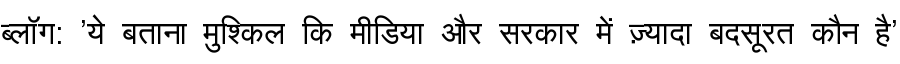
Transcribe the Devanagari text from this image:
ब्लॉग: 'ये बताना मुश्किल कि मीडिया और सरकार में ज़्यादा बदसूरत कौन है'